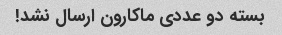
بسته دو عددی ماکارون ارسال نشد!